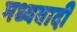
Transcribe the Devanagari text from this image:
मध्यवादी